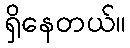
ရှိနေတယ်။